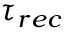
\tau _ { r e c }